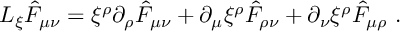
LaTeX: { \cal L } _ { \xi } \hat { F } _ { \mu \nu } = \xi ^ { \rho } \partial _ { \rho } \hat { F } _ { \mu \nu } + \partial _ { \mu } \xi ^ { \rho } \hat { F } _ { \rho \nu } + \partial _ { \nu } \xi ^ { \rho } \hat { F } _ { \mu \rho } \ .